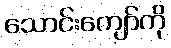
သောင်းကျော်ကို